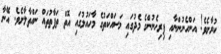
ކުރާށެވެ! އަންހެނުންނާއި ފިރިހެނުންގެ މެދުގައި މަސައްކަތުގެ މާހައުލުގައި އޮތް ތަފާތުތައް ނައްތާލާށެވެ. އޭނާ